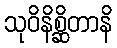
သုဝိနိစ္ဆိတာနိ